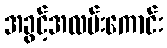
အခွင့်အလမ်းကောင်း